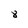
Character: 8